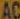
AC